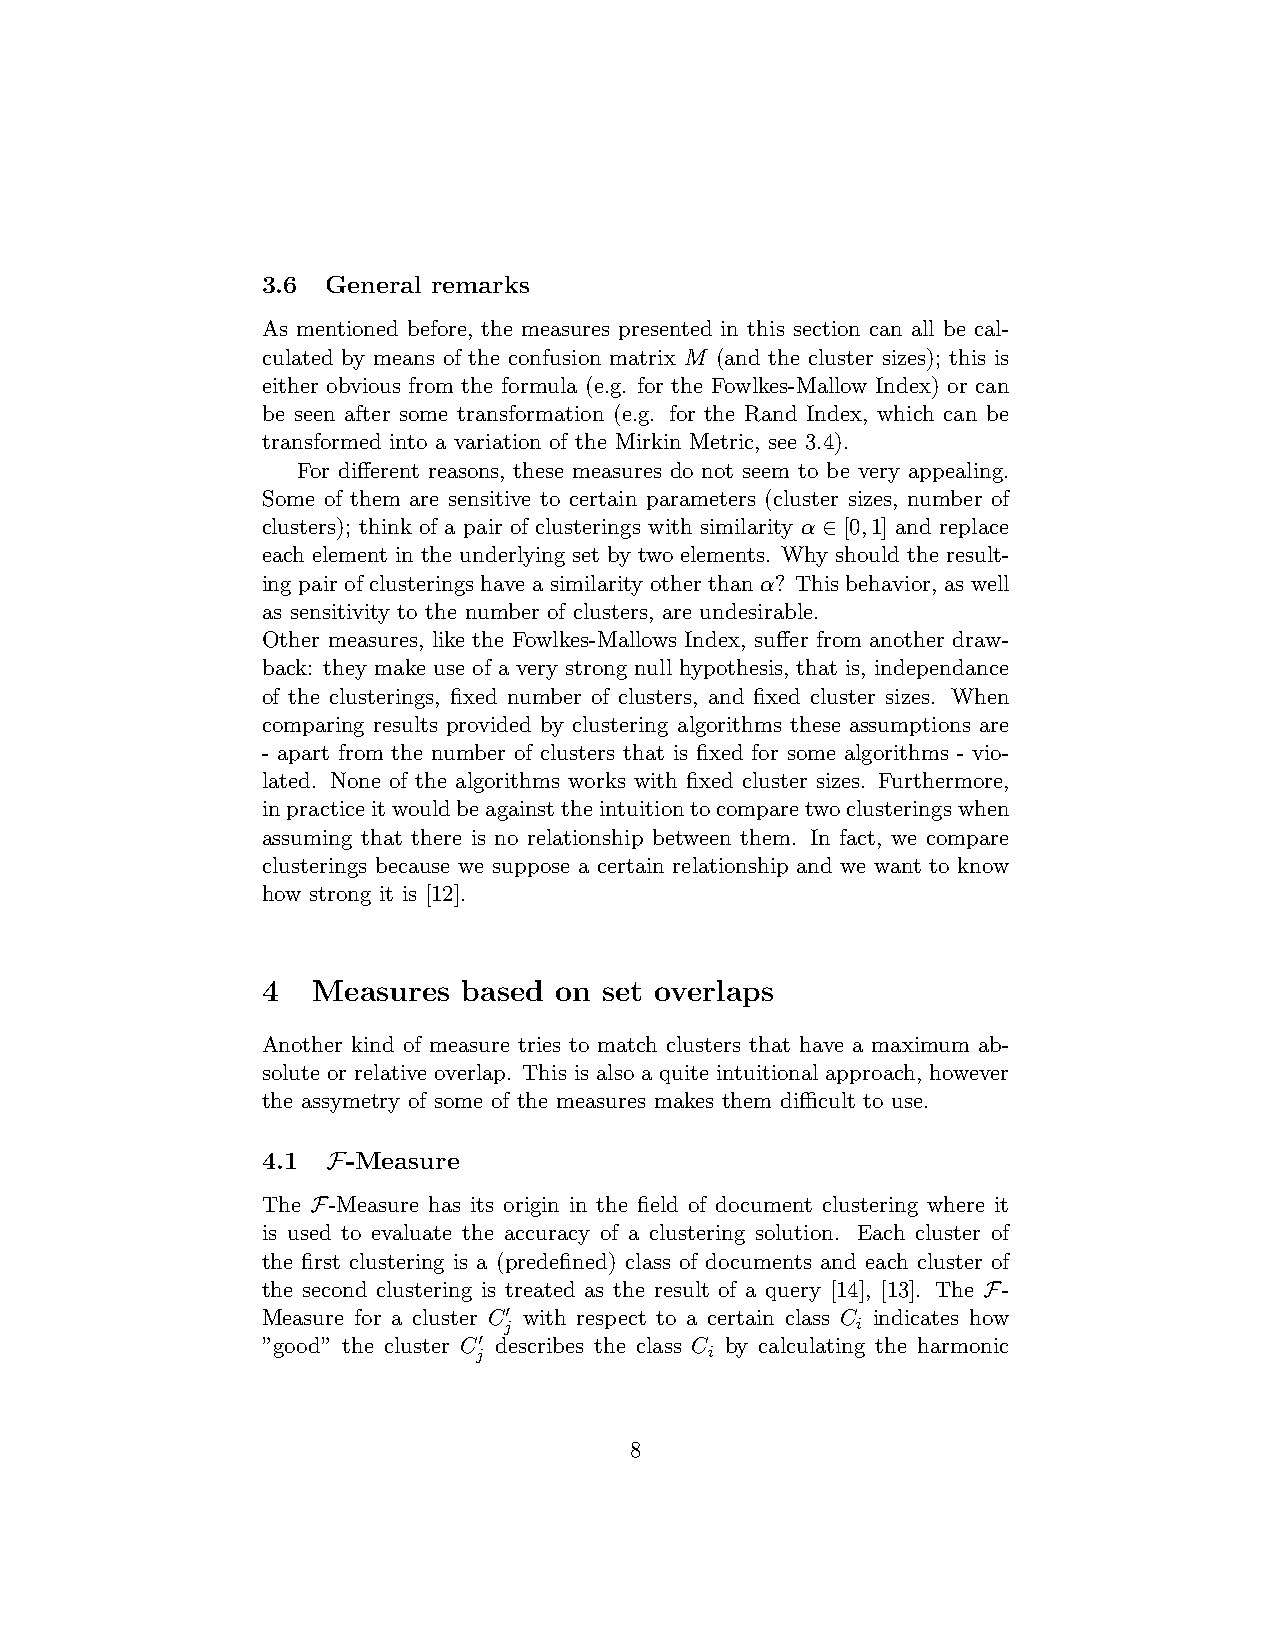
3.6  General remarks
 As mentioned before, the measures presented in this section can all be cal-
 culated by means of the confusion matrix M (and the cluster sizes); this is
 either obvious from the formula (e.g. for the Fowlkes-Mallow Index) or can
 be seen after some transformation (e.g. for the Rand Index, which can be
 transformed into a variation of the Mirkin Metric, see 3.4).
 For different reasons, these measures do not seem to be very appealing.
 Some of them are sensitive to certain parameters (cluster sizes, number of
 clusters); think of a pair of clusterings with similarity α ∈ [0,1] and replace
 each element in the underlying set by two elements. Why should the result-
 ing pair of clusterings have a similarity other than α? This behavior, as well
 as sensitivity to the number of clusters, are undesirable.
 Other measures, like the Fowlkes-Mallows Index, suffer from another draw-
 back: they make use of a very strong null hypothesis, that is, independance
 of the clusterings, fixed number of clusters, and fixed cluster sizes. When
 comparing results provided by clustering algorithms these assumptions are
 - apart from the number of clusters that is fixed for some algorithms - vio-
 lated. None of the algorithms works with fixed cluster sizes. Furthermore,
 inpracticeitwouldbeagainsttheintuitiontocomparetwoclusteringswhen
 assuming that there is no relationship between them. In fact, we compare
 clusterings because we suppose a certain relationship and we want to know
 how strong it is [12].
 4   Measures  based on set overlaps
 Another kind of measure tries to match clusters that have a maximum ab-
 solute or relative overlap. This is also a quite intuitional approach, however
 the assymetry of some of the measures makes them difficult to use.
 4.1  F-Measure
 The F-Measure has its origin in the field of document clustering where it
 is used to evaluate the accuracy of a clustering solution. Each cluster of
 the first clustering is a (predefined) class of documents and each cluster of
 the second clustering is treated as the result of a query [14], [13]. The F-
 Measure for a cluster C0 with respect to a certain class C indicates how
 j                       i
 ”good” the cluster C0 describes the class C by calculating the harmonic
 j              i
 8